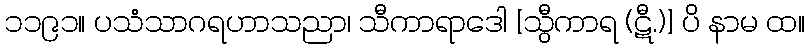
၁၁၉၁။ ပသံသာဂရဟာသညာ၊ သီကာရာဒေါ [သွီကာရ (ဋီ.)] ပိ နာမ ထ။